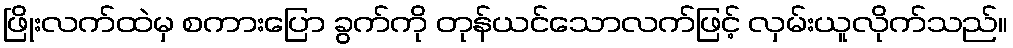
ဖြိုးလက်ထဲမှ စကားပြော ခွက်ကို တုန်ယင်သောလက်ဖြင့် လှမ်းယူလိုက်သည်။